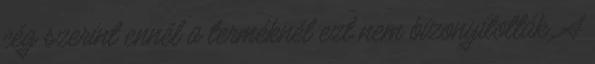
cég szerint ennél a terméknél ezt nem bizonyították. A